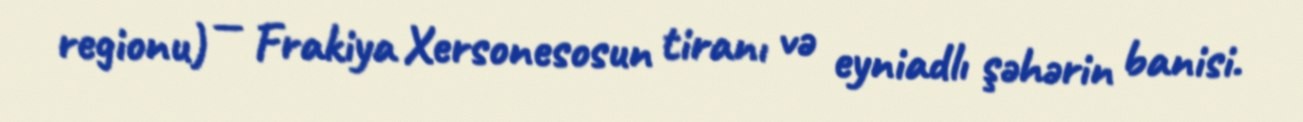
regionu) — Frakiya Xersonesosun tiranı və eyniadlı şəhərin banisi.